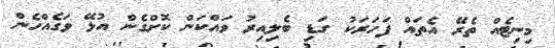
މިނިޓެއް ތެރޭ އެތައް ފަހަރަކު ގަޑި ބެލިއިރު ވައްކަން ކޮށްގެން އުޅޭ ވަގެއްހެން